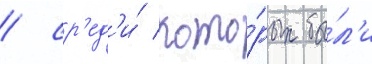
/ ср'ед'и́ кото́рых бы́л'и